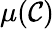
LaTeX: \mu(\mathcal{C})